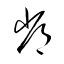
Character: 常